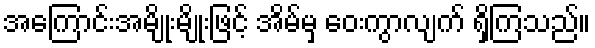
အကြောင်းအမျိုးမျိုးဖြင့် အိမ်မှ ဝေးကွာလျက် ရှိကြသည်။